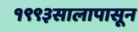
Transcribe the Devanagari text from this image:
१९९३सालापासून